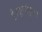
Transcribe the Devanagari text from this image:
है।दुर्गापूजा